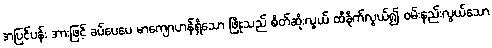
အပြင်ပန်း အားဖြင့် ခပ်ပေပေ မာကျောဟန်ရှိသော ဖြိုးသည် စိတ်ဆိုးလွယ် ထိခိုက်လွယ်၍ ဝမ်းနည်းလွယ်သော